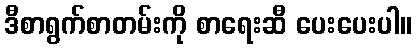
ဒီစာရွက်စာတမ်းကို စာရေးဆီ ပေးပေးပါ။